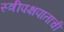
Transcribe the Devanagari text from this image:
स्त्रीपक्षपाताची